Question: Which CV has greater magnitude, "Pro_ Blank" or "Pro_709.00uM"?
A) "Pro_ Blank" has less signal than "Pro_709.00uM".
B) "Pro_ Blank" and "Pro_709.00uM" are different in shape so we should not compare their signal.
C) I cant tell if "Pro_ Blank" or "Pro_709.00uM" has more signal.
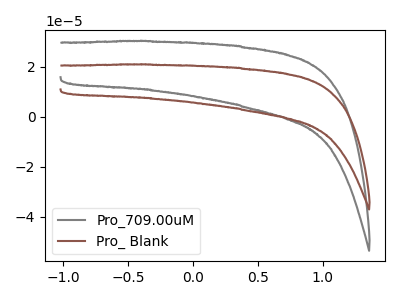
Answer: <think>The gray curve "Pro_709.00uM" has no peaks. The brown curve "Pro_ Blank" has no peaks.
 Neither "Pro_ Blank" or "Pro_709.00uM" have any peaks.</think>
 <answer>C) I cant tell if "Pro_ Blank" or "Pro_709.00uM" has more signal.</answer>
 <eval>C</eval>